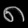
Digit: ၈